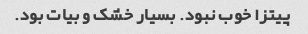
پیتزا خوب نبود. بسیار خشک و بیات بود.